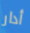
أدار